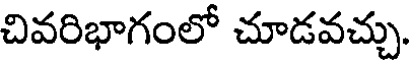
చివరిభాగంలో చూడవచ్చు.